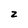
Character: 2